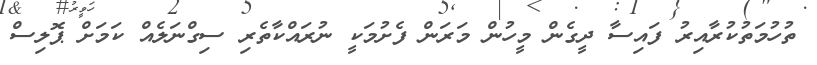
ތުހުމަތުކުރާއިރު ފައިސާ ދީގެން މީހުން މަރަން ފެށުމަކީ ނުރައްކާތެރި ސިގްނަލެއް ކަމަށް ޕޮލިސް